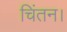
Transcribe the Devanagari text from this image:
चिंतन।